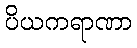
ပိယကရာဏာ